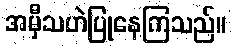
အမှီသဟဲပြုနေကြသည်။